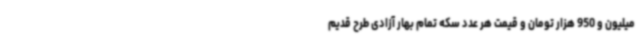
میلیون و 950 هزار تومان و قیمت هر عدد سکه تمام بهار آزادی طرح قدیم